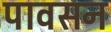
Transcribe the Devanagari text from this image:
पावसन